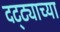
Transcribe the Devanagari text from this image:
दट्ट्याच्या